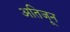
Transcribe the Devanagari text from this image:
अतिजून